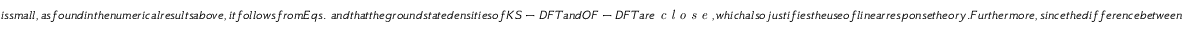
i s s m a l l , a s f o u n d i n t h e n u m e r i c a l r e s u l t s a b o v e , i t f o l l o w s f r o m E q s . ~ a n d t h a t t h e g r o u n d s t a t e d e n s i t i e s o f K S - D F T a n d O F - D F T a r e \emph { c l o s e } , w h i c h a l s o j u s t i f i e s t h e u s e o f l i n e a r r e s p o n s e t h e o r y . F u r t h e r m o r e , s i n c e t h e d i f f e r e n c e b e t w e e n